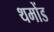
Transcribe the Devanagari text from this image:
थमोंड